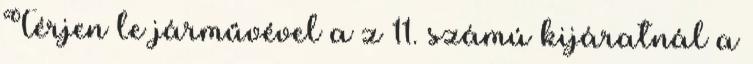
Térjen le járművével a z 11. számú kijáratnál a